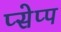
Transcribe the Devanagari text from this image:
प्सेप्प